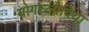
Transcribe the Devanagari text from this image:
योगस्लोविया